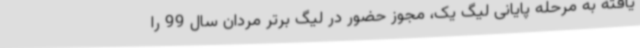
یافته به مرحله پایانی لیگ یک، مجوز حضور در لیگ برتر مردان سال 99 را